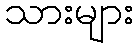
သားများ